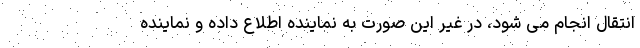
انتقال انجام می شود، در غیر این صورت به نماینده اطلاع داده و نماینده